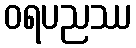
ဝရပညဿ